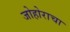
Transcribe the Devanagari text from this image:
जोहोराचा